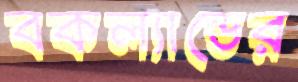
বকল্যান্ডের